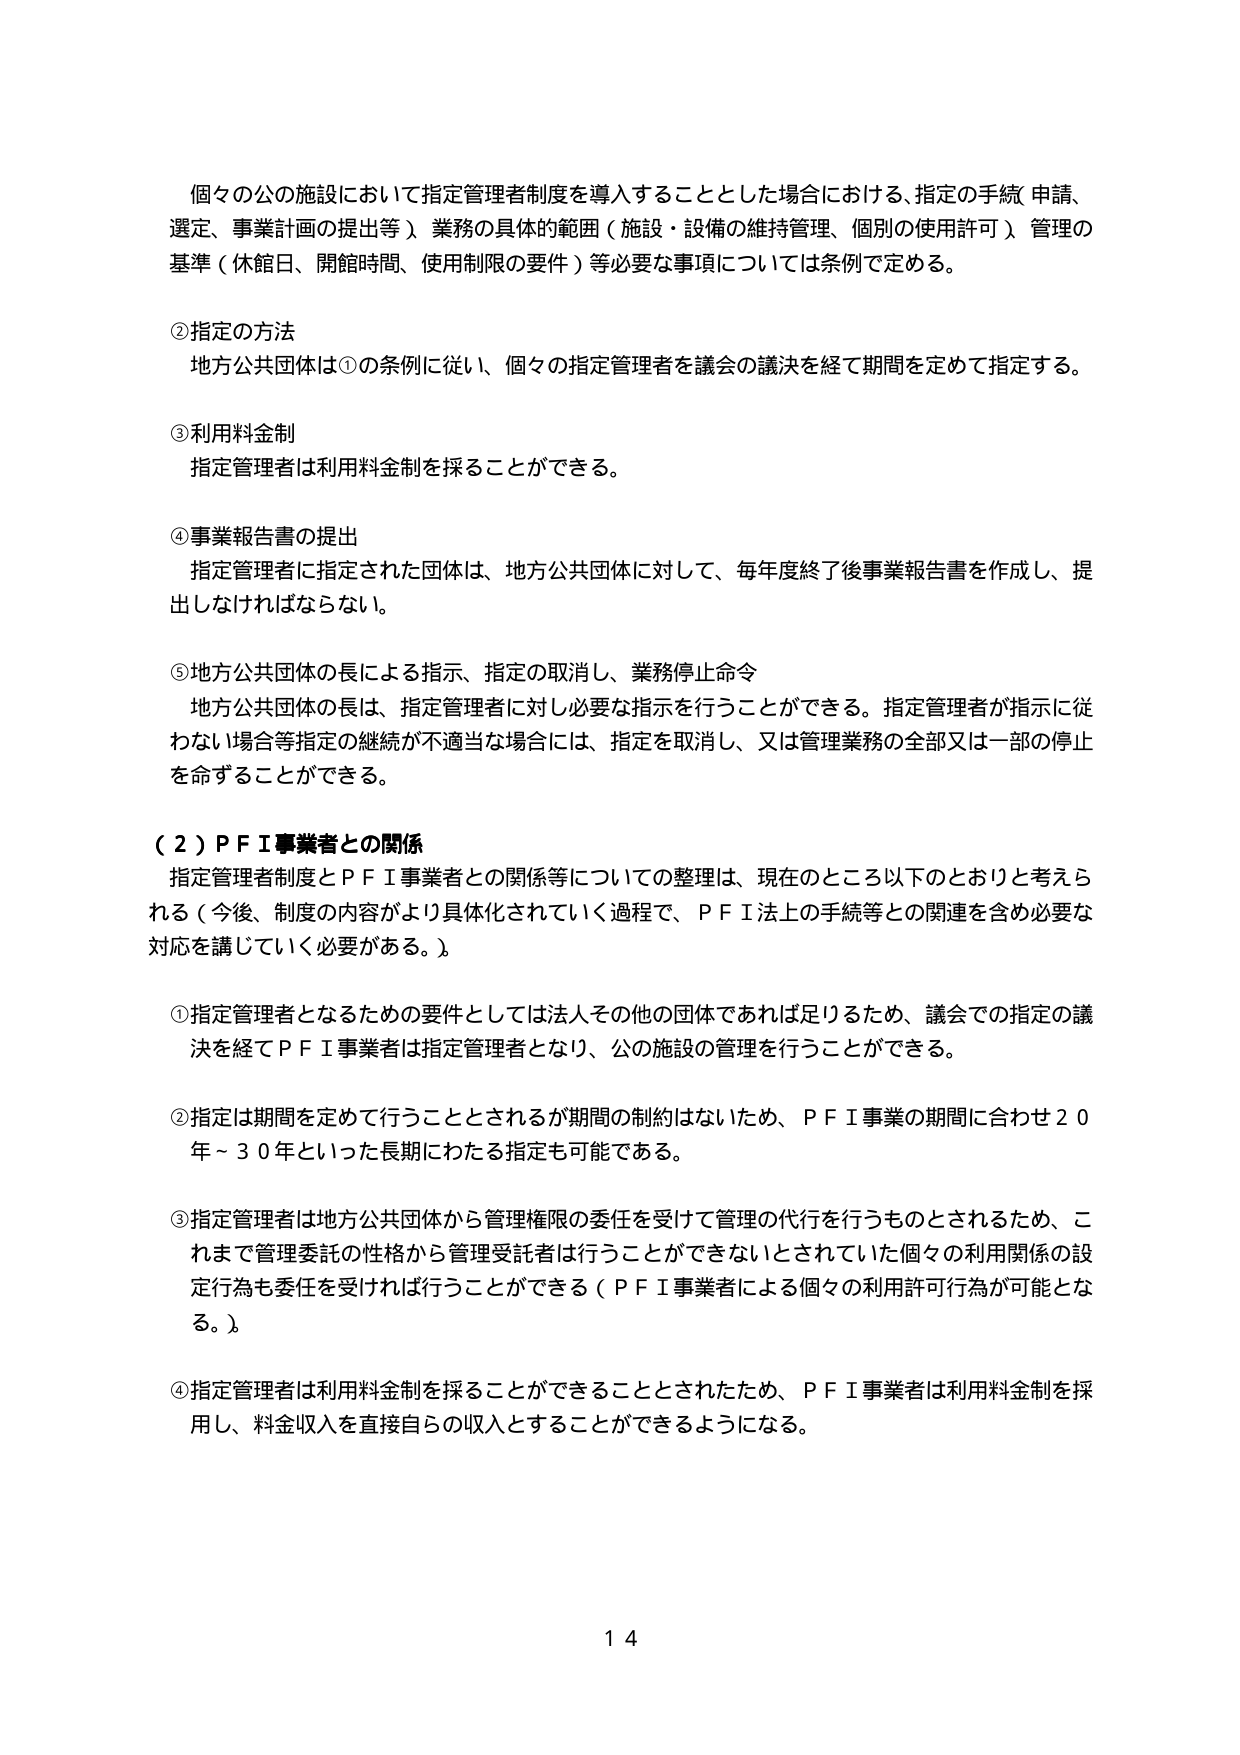
個々の公の施設において指定管理者制度を導入することとした場合における、指定の手続（申請、選定、事業計画の提出等）、業務の具体的範囲（施設・設備の維持管理、個別の使用許可）、管理の基準（休館日、開館時間、使用制限の要件）等必要な事項については条例で定める。

②指定の方法
地方公共団体は①の条例に従い、個々の指定管理者を議会の議決を経て期間を定めて指定する。

③利用料金制
指定管理者は利用料金制を採ることができる。

④事業報告書の提出
指定管理者に指定された団体は、地方公共団体に対して、毎年度終了後事業報告書を作成し、提出しなければならない。

⑤地方公共団体の長による指示、指定の取消し、業務停止命令
地方公共団体の長は、指定管理者に対し必要な指示を行うことができる。指定管理者が指示に従わない場合等指定の継続が不適当な場合には、指定を取消し、又は管理業務の全部又は一部の停止を命ずることができる。

（２）ＰＦＩ事業者との関係
指定管理者制度とＰＦＩ事業者との関係等についての整理は、現在のところ以下のとおりと考えられる（今後、制度の内容がより具体化されていく過程で、ＰＦＩ法上の手続等との関連を含め必要な対応を講じていく必要がある。）。

①指定管理者となるための要件としては法人その他の団体であれば足りるため、議会での指定の議決を経てＰＦＩ事業者は指定管理者となり、公の施設の管理を行うことができる。

②指定は期間を定めて行うこととされるが期間の制約はないため、ＰＦＩ事業の期間に合わせ２０年～３０年といった長期にわたる指定も可能である。

③指定管理者は地方公共団体から管理権限の委任を受けて管理の代行を行うものとされるため、これまで管理委託の性格から管理受託者は行うことができないとされていた個々の利用関係の設定行為も委任を受ければ行うことができる（ＰＦＩ事業者による個々の利用許可行為が可能となる。）。

④指定管理者は利用料金制を採ることができることとされたため、ＰＦＩ事業者は利用料金制を採用し、料金収入を直接自らの収入とすることができるようになる。

14